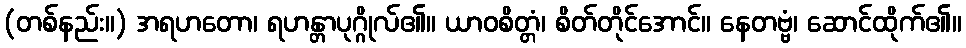
(တစ်နည်း။) အရဟတော၊ ရဟန္တာပုဂ္ဂိုလ်၏။ ယာဝစိတ္တံ၊ စိတ်တိုင်အောင်။ နေတဗ္ဗံ၊ ဆောင်ထိုက်၏။